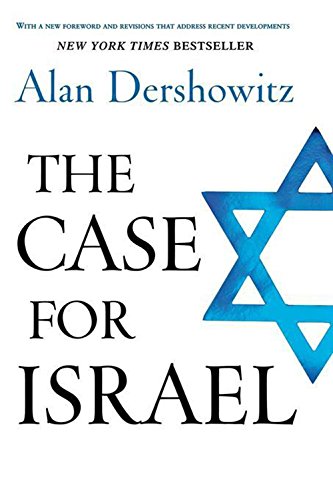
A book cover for The Case for Israel; Alan Dershowitz; History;